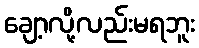
ချော့လို့လည်းမရဘူး